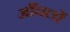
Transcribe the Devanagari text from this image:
आँचलों